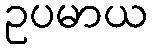
ဥပမာယ